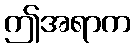
ဤအရာက